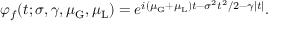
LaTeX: \varphi _ { f } ( t ; \sigma , \gamma , \mu _ { \mathrm { G } } , \mu _ { \mathrm { L } } ) = e ^ { i ( \mu _ { \mathrm { G } } + \mu _ { \mathrm { L } } ) t - \sigma ^ { 2 } t ^ { 2 } / 2 - \gamma | t | } .